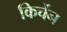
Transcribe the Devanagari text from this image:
किर्चेन